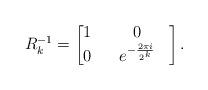
LaTeX: \begin{align*}R^{-1}_k=\begin{bmatrix} 1 & & 0 \\ 0 & & e^{-\frac{2\pi i}{2^k}} & \end{bmatrix}. \end{align*}